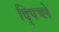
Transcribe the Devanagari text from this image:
द्पिच्ले